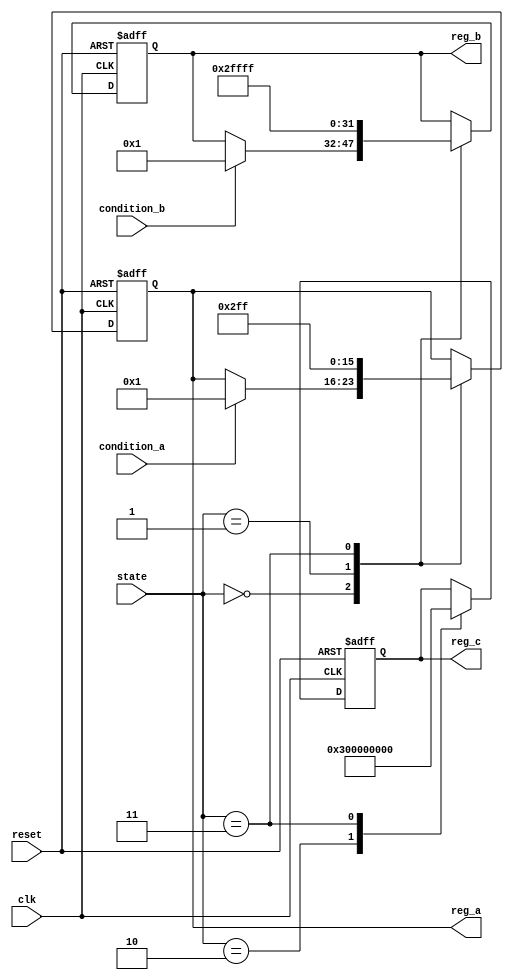
module ConditionalInitialization #(
    parameter INIT_VALUE_A = 8'd0,
    parameter INIT_VALUE_B = 16'd0,
    parameter INIT_VALUE_C = 32'd0
)(
    input wire clk,
    input wire reset,
    input wire [1:0] state, // Example states: 00 = IDLE, 01 = CONFIG, 10 = RUN, 11 = ERROR
    input wire condition_a,
    input wire condition_b,
    output reg [7:0] reg_a,
    output reg [15:0] reg_b,
    output reg [31:0] reg_c
);

always @(posedge clk or posedge reset) begin
    if (reset) begin
        // Complete reinitialization on reset
        reg_a <= INIT_VALUE_A;
        reg_b <= INIT_VALUE_B;
        reg_c <= INIT_VALUE_C;
    end else begin
        // Conditional initialization based on state and conditions
        case (state)
            2'b00: begin // IDLE state
                if (condition_a) begin
                    reg_a <= 8'd1; // Initialize reg_a to 1 if condition_a is true
                end
                if (condition_b) begin
                    reg_b <= 16'd1; // Initialize reg_b to 1 if condition_b is true
                end
            end
            2'b01: begin // CONFIG state
                reg_a <= 8'd2; // Initialize reg_a to 2 for configuration
                reg_b <= 16'd2; // Initialize reg_b to 2 for configuration
                // reg_c remains unchanged
            end
            2'b10: begin // RUN state
                reg_c <= 32'd3; // Initialize reg_c to 3 for running state
                // reg_a and reg_b remain unchanged
            end
            2'b11: begin // ERROR state
                reg_a <= 8'd255; // Set reg_a to maximum value in error state
                reg_b <= 16'd65535; // Set reg_b to maximum value in error state
                reg_c <= 32'd0; // Reset reg_c in error state
            end
            default: begin
                // Default behavior (should not happen)
                reg_a <= INIT_VALUE_A;
                reg_b <= INIT_VALUE_B;
                reg_c <= INIT_VALUE_C;
            end
        endcase
    end
end

endmodule